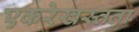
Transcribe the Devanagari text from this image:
एकरेखस्तता